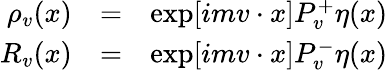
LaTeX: \begin{array}{rcl}{{\rho_{v}(x)}}&{{=}}&{{\exp[imv\cdot x]P_{v}^{+}\eta(x)}}\\ {{R_{v}(x)}}&{{=}}&{{\exp[imv\cdot x]P_{v}^{-}\eta(x)}}\end{array}